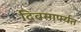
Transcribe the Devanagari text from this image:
दिवसापर्यत